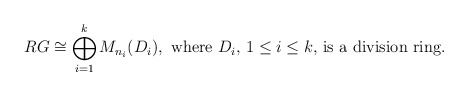
\begin{align*} RG \cong \bigoplus_{i=1}^{k}M_{n_i}(D_i), \textup{ where $D_i$, $1\leq i\leq k$, is a division ring.}\end{align*}